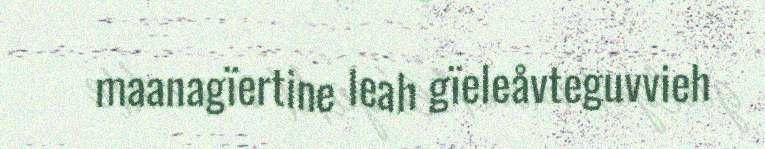
maanagïertine leah gïeleåvteguvvieh